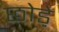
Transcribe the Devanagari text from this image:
छोड़े़